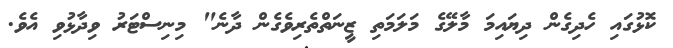
ކޮޅުގައި ހެދިގެން ދިޔައިމަ މާލޭގެ މަލަމަތި ޒީނަތްތެރިވެގެން ދާނެ" މިނިސްޓަރު ވިދާޅުވި އެވެ.